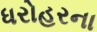
ધરોહરના